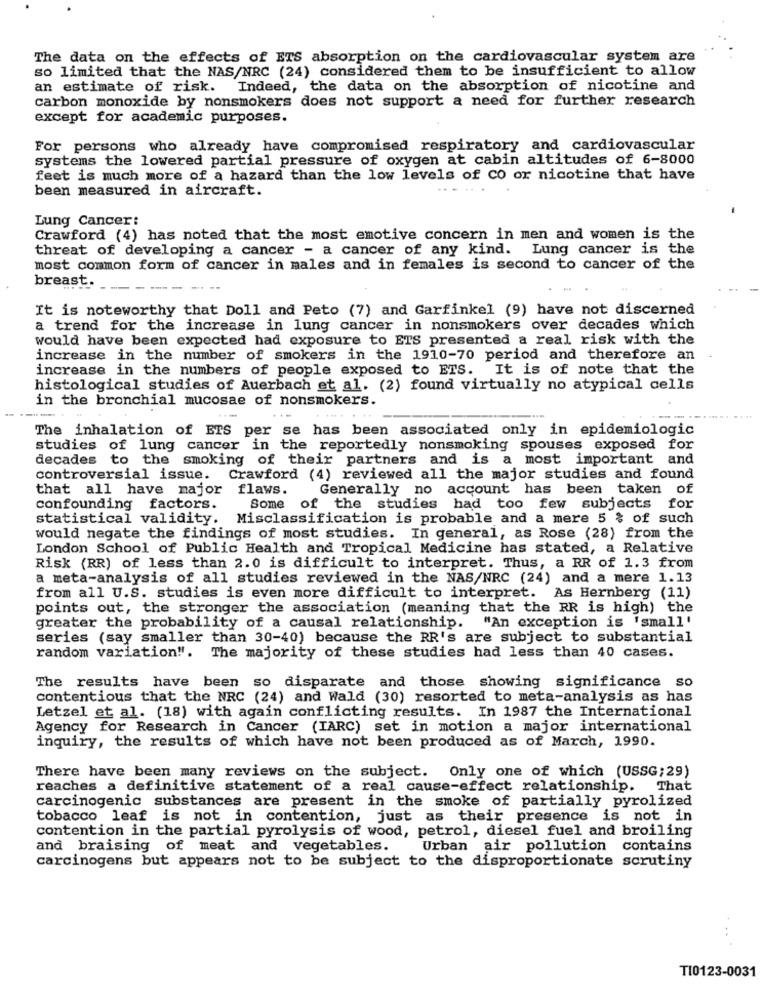
The data on the effects of ETS absorption on the cardiovascular system are
so limited that the NAS/NRC (24) considered them to be insufficient to allow
an estimate of risk. Indeed, the data on the absorption of nicotine and
carbon monoxide by nonsmokers does not support a need for further research
except for academic purposes.
For persons who already have compromised respiratory and cardiovascular
systems the lowered partial pressure of oxygen at cabin altitudes of 6-8000
feet is much more of a hazard than the low levels of CO or nicotine that have
been measured in aircraft.
Lung Cancer:
Crawford (4) has noted that the most emotive concern in men and women is the
threat of developing a cancer - a cancer of any kind. Lung cancer is the
most common form of cancer in males and in females is second to cancer of the
breast.
It is noteworthy that Doll and Peto (7) and Garfinkel (9) have not discerned
a trend for the increase in lung cancer in nonsmokers over decades which
would have been expected had exposure to ETS presented a real risk with the
increase in the number of smokers in the 1910-70 period and therefore an
increase in the numbers of people exposed to ETS. It is of note that the
histological studies of Auerbach et al. (2) found virtually no atypical cells
in the bronchial mucosae of nonsmokers.
The inhalation of BIS per se has been associated only in epidemiologic
studies of lung cancer in the reportedly nonsmoking spouses exposed for
decades to the smoking of their partners and is a most important and
controversial issue. Crawford (4) reviewed all the major studies and found
that all have major flaws.
Generally no account has been taken of
confounding factors.
Some of the studies had too few subjects for
statistical validity. Misclassification is probable and a mere 5 % of such
would negate the findings of most studies. In general, as Rose (28) from the
London School of Public Health and Tropical Medicine has stated, a Relative
Risk (RR) of less than 2.0 is difficult to interpret. Thus, a RR of 1.3 from
a meta-analysis of all studies reviewed in the NAS/NRC (24) and a mere 1.13
from all U.S. studies is even more difficult to interpret. As Hernberg (11)
points out, the stronger the association (meaning that the RR is high) the
greater the probability of a causal relationship.
"An exception is 'small'
series (say smaller than 30-40) because the RR's are subject to substantial
random variation !. The majority of these studies had less than 40 cases.
The results have been so disparate and those showing significance so
contentious that the NRC (24) and Wald (30) resorted to meta-analysis as has
Letzel et al. (18) with again conflicting results. In 1987 the International
Agency for Research in Cancer (IARC) set in motion a major international
inquiry, the results of which have not been produced as of March, 1990.
There have been many reviews on the subject. Only one of which (USSG; 29)
reaches a definitive statement of a real cause-effect relationship. That
carcinogenic substances are present in the smoke of partially pyrolized
tobacco leaf is not in contention, just as their presence is not in
contention in the partial pyrolysis of wood, petrol, diesel fuel and broiling
and braising of meat and vegetables.
Urban air pollution contains
carcinogens but appears not to be subject to the disproportionate scrutiny
. .
TI0123-0031